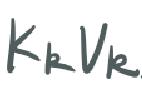
$K_{k}V_{k}$